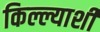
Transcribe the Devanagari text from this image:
किल्ल्याशी